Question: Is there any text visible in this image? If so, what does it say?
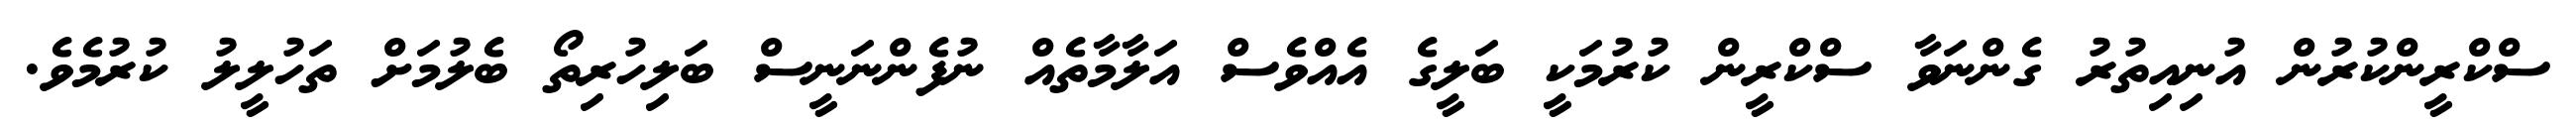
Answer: ސްކްރީންކުރުން އުނިއިތުރު ގެންނަވާ ސްކްރީން ކުރުމަކީ ބަލީގެ އެއްވެސް އަލާމާތެއް ނުފެންނަނީސް ބަލިހުރިތޯ ބެލުމަށް ތަހުލީލު ކުރުމެވެ.